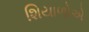
શિયાળોએ